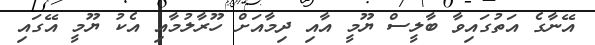
އޭނާގެ އަތުގައިވާ ބާލީސް ޔޫމީ އާއި ދިމާއަށް ހޫރާލުމާއި އެކު ޔޫމީ އޭގައި